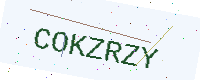
Text: COKZRZY